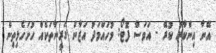
އޭނާ އިންކާރު ކުރޭ - އަވަސް ފޮޓޯ: މުހައްމަދު އަޒާން ގަރީނާތަކެއް ހުށަހެޅިތިން